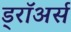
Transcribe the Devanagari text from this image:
ड्रॉअर्स